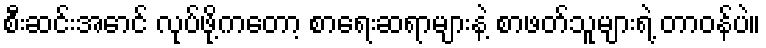
စီးဆင်းအောင် လုပ်ဖို့ကတော့ စာရေးဆရာများနဲ့ စာဖတ်သူများရဲ့ တာဝန်ပဲ။